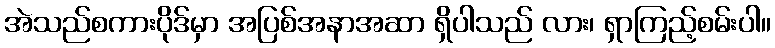
အဲသည်စကားပိုဒ်မှာ အပြစ်အနာအဆာ ရှိပါသည် လား၊ ရှာကြည့်စမ်းပါ။